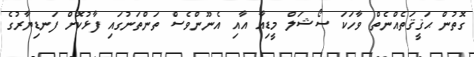
ގޮތުން ޙަޤީޤަތެއްނެތް ވާހަކަ ސޯޝަލް މީޑިއާ އާއި އެނޫންވެސް ތަންތަނުގައި ފާޅުކޮށް ފަނޑިޔާރުގެ